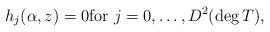
LaTeX: \begin{align*}h_{j}(\alpha, z)=0\textrm{for}\ j=0,\ldots,D^2(\deg T),\end{align*}